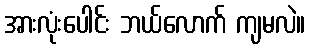
အားလုံးပေါင်း ဘယ်လောက် ကျမလဲ။